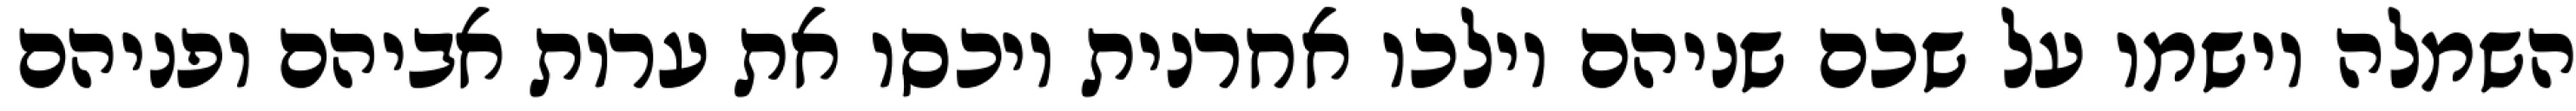
השמלה וישמו על שכם שניהם וילכו אחרנית ויכסו את ערות אביהם ופניהם